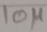
Text: 10µ